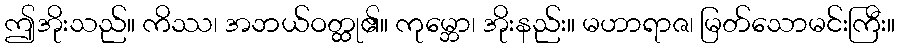
ဤအိုးသည်။ ကိဿ၊ အဘယ်ဝတ္ထု၏။ ကုမ္ဘော၊ အိုးနည်း။ မဟာရာဇ၊ မြတ်သောမင်းကြီး။